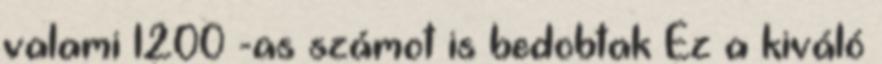
valami 1200 -as számot is bedobtak Ez a kiváló